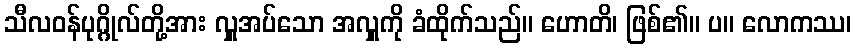
သီလဝန်ပုဂ္ဂိုလ်တို့အား လှူအပ်သော အလှူကို ခံထိုက်သည်။ ဟောတိ၊ ဖြစ်၏။ ပ။ လောကဿ၊